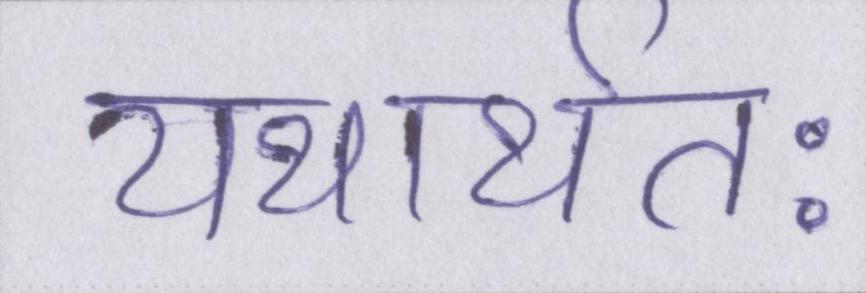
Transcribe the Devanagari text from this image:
यथार्थतः